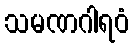
သမဏဂါရဝံ